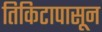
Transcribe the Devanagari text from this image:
तिकिटापासून